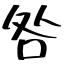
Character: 咎